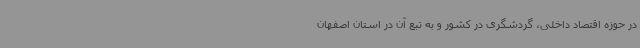
در حوزه اقتصاد داخلی، گردشگری در کشور و به تبع آن در استان اصفهان